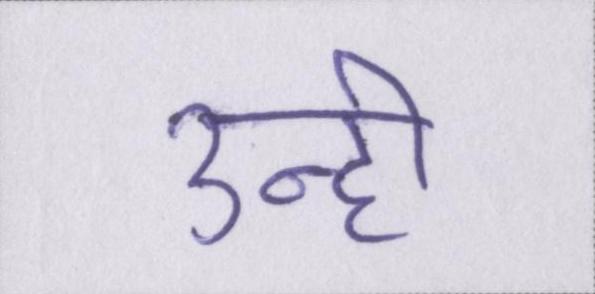
उन्ही